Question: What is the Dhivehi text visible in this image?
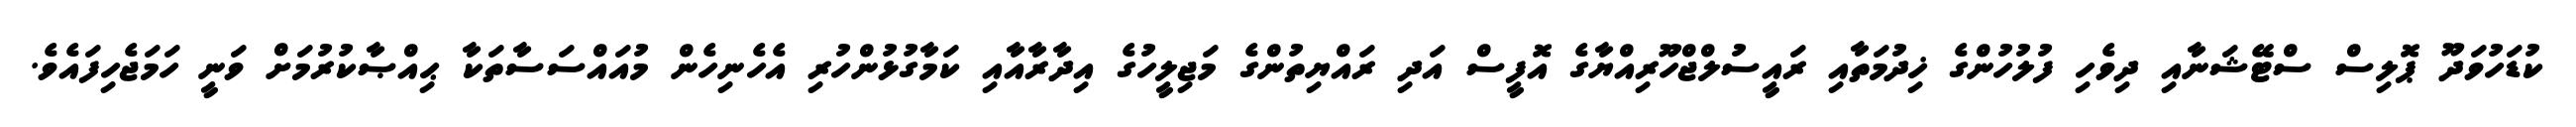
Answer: ކުޑަހުވަދޫ ޕޮލިސް ސްޓޭޝަނާއި ދިވެހި ފުލުހުންގެ ޚިދުމަތާއި ރައީސުލްޖްހޫރިއްޔާގެ އޮފީސް އަދި ރައްޔިތުންގެ މަޖިލީހުގެ އިދާރާއާއި ކަމާގުޅުންހުރި އެހެނިހެން މުއައްސަސާތަކާ ޙިއްޞާކުރުމަށް ވަނީ ހަމަޖެހިފައެވެ.